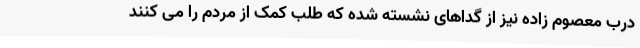
درب معصوم زاده نیز از گداهای نشسته شده که طلب کمک از مردم را می کنند